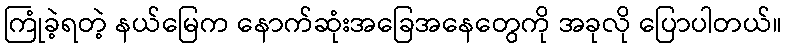
ကြုံခဲ့ရတဲ့ နယ်မြေက နောက်ဆုံးအခြေအနေတွေကို အခုလို ပြောပါတယ်။